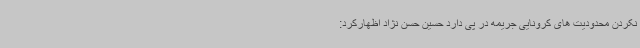
نکردن محدودیت های کرونایی جریمه در پی دارد حسین حسن نژاد اظهارکرد: